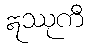
ဣဿုကီ